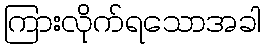
ကြားလိုက်ရသောအခါ